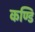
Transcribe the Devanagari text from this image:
कण्डि